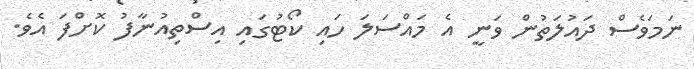
ނަމަވެސް ދައުލަތުން ވަނީ އެ މައްސަލަ ހައި ކޯޓުގައި އިސްތިއުނާފު ކޮށްފަ އެވެ.